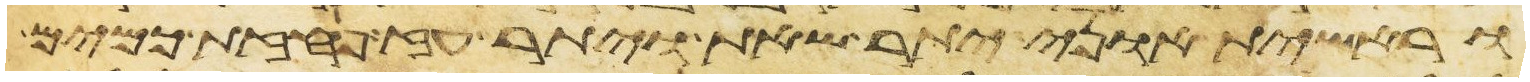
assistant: וראשית אוני יתר שאת ויתר עז פחזת כמים